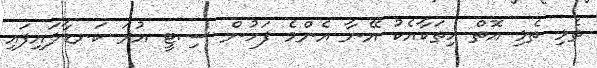
ތެޅި ތެޅި އޮތް ހިތަކާއެކު އޭނާ އެންމެ ފަހުން ސިޓީ އުރަ ކަނޑާލައިފައި